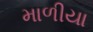
માળીયા